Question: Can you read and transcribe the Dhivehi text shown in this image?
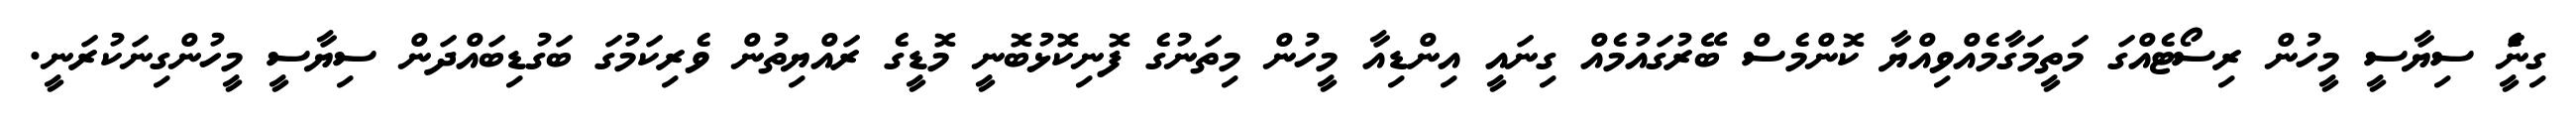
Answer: ގިނަެީ ސިޔާސީ މީހުން ރިސޯޓެއްގަ މަތީމަގާމެއްވިއްޔާ ކޮންމެސް ބޭރުގައުމެއް ގިނައީ އިންޑިއާ މީހުން މިތަނުގެ ފޮނިކޮޅުބޮނީ މޮޑީގެ ރައްޔިތުން ވެރިކަމުގަ ބަގުޑިބައްދަން ސިޔާސީ މީހުންގިނަކުރަނީ.